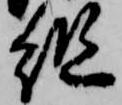
組